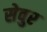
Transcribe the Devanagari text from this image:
सेवुर